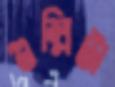
গুল্লিটা